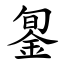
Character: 銞